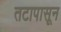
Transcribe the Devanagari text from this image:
तटापासून